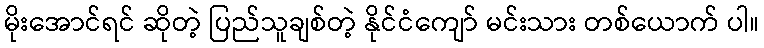
မိုးအောင်ရင် ဆိုတဲ့ ပြည်သူချစ်တဲ့ နိုင်ငံကျော် မင်းသား တစ်ယောက် ပါ။